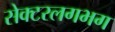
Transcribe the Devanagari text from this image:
सेक्टरलगभग